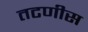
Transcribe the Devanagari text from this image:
तटणीस